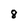
Character: 8